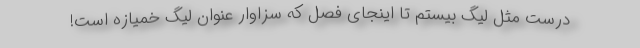
درست مثل لیگ بیستم تا اینجای فصل که سزاوار عنوان لیگ خمیازه است!